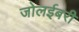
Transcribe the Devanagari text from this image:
जोलईबरी